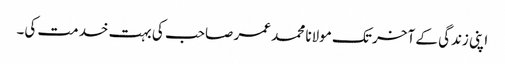
اپنی زندگی کے آخر تک مولانا محمد عمر صاحب کی بہت خدمت کی۔